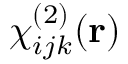
\chi _ { i j k } ^ { ( 2 ) } ( \mathbf { r } )